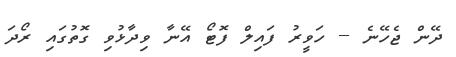
ދޭން ޖެހޭނެ -- ހަވީރު ފައިލް ފޮޓޯ އޭނާ ވިދާޅުވި ގޮތުގައި ރޯދަ